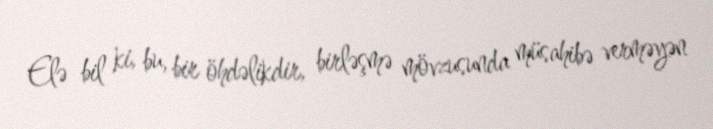
Elə bil ki, bu, bir öhdəlikdir, birləşmə mövzusunda müsahibə verməyən